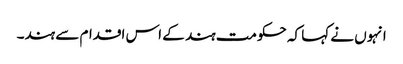
انہوں نے کہا کہ حکومت ہند کے اس اقدام سے ہند۔